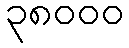
၃၈၀၀၀